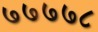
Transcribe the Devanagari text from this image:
७७७७८